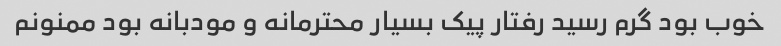
خوب بود گرم رسید رفتار پیک بسیار محترمانه و مودبانه بود ممنونم